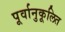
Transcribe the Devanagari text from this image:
पूर्वानुकूलित